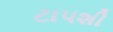
ટાપશી